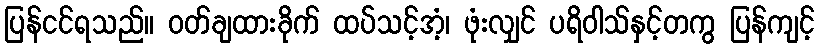
ပြန်ငင်ရသည်။ ဝတ်ချထားခိုက် ထပ်သင့်အံ့၊ ဖုံးလျှင် ပရိဝါသ်နှင့်တကွ ပြန်ကျင့်